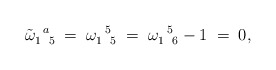
\begin{align*}\tilde\omega_{1\enskip 5}^{\enskip a}\;=\;\omega_{1\enskip 5}^{\enskip 5}\;=\;\omega_{1\enskip 6}^{\enskip 5} - 1\;=\; 0,\end{align*}